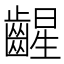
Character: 𫠛